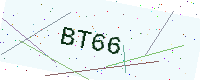
Text: BT66